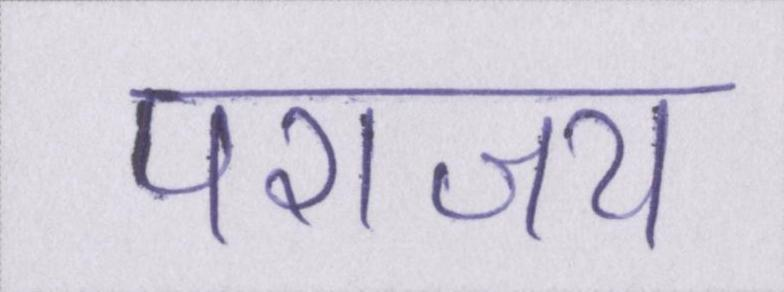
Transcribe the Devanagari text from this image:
पराजय